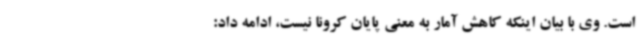
است. وی با بیان اینکه کاهش آمار به معنی پایان کرونا نیست، ادامه داد: